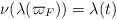
LaTeX: \begin{align*}\nu (\lambda(\varpi_F)) = \lambda (t) \end{align*}